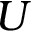
U